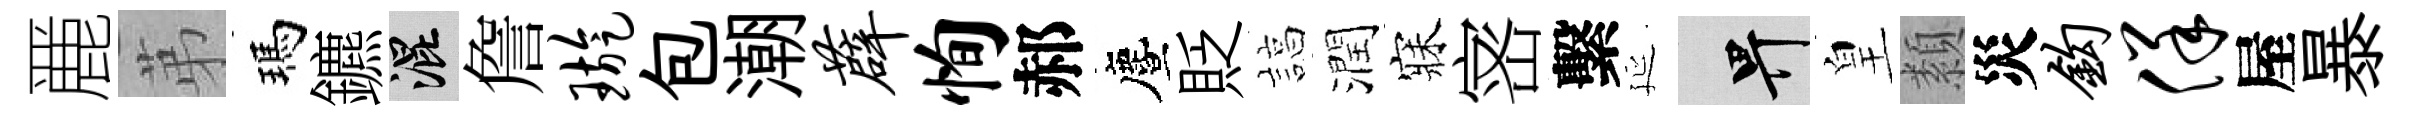
䴡苐瑪鑣混詹璇包潮薜恂郝󵨌貶諄潤寐宻繫延畀皇纇災钩佯屋暴